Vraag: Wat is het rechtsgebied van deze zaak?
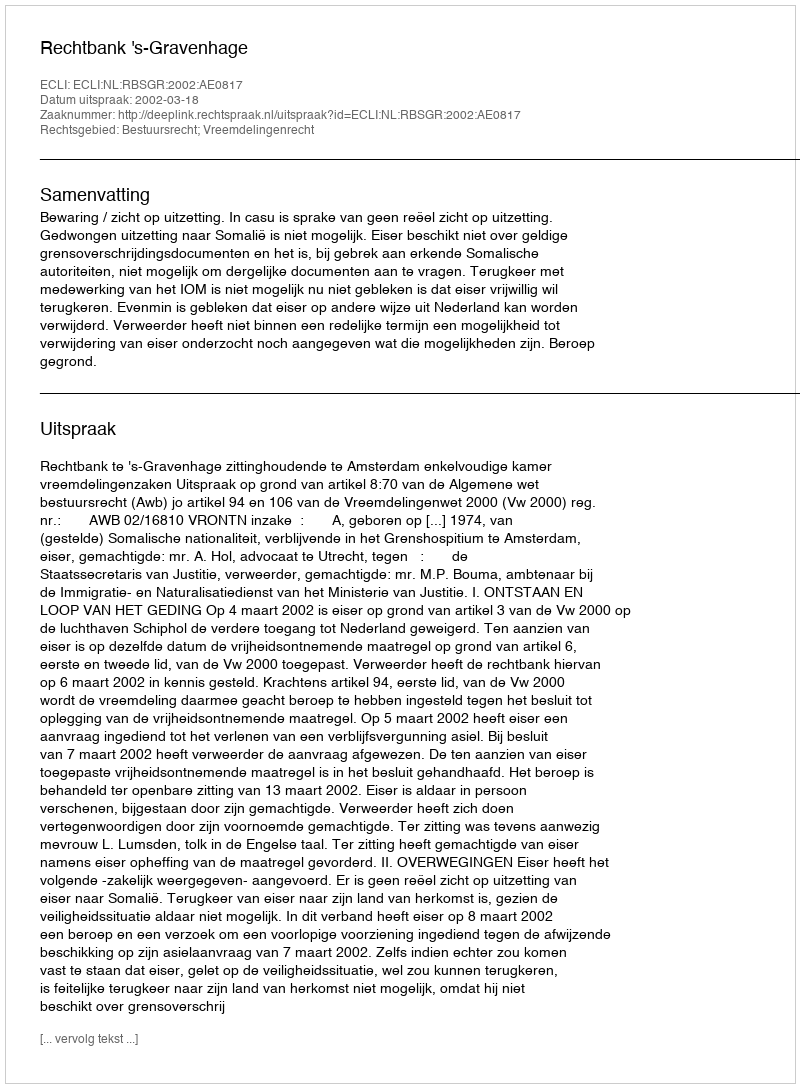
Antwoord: Bestuursrecht; Vreemdelingenrecht